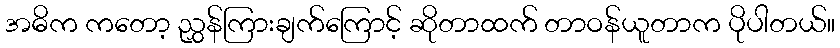
အဓိက ကတော့ ညွှန်ကြားချက်ကြောင့် ဆိုတာထက် တာဝန်ယူတာက ပိုပါတယ်။